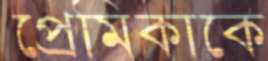
প্রেমিকাকে